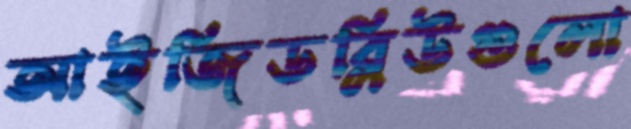
আইজিডব্লিউগুলো